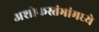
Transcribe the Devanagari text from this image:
अशोकस्तंभांमध्ये